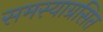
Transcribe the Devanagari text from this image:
समस्याग्रसित